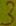
Text: 3